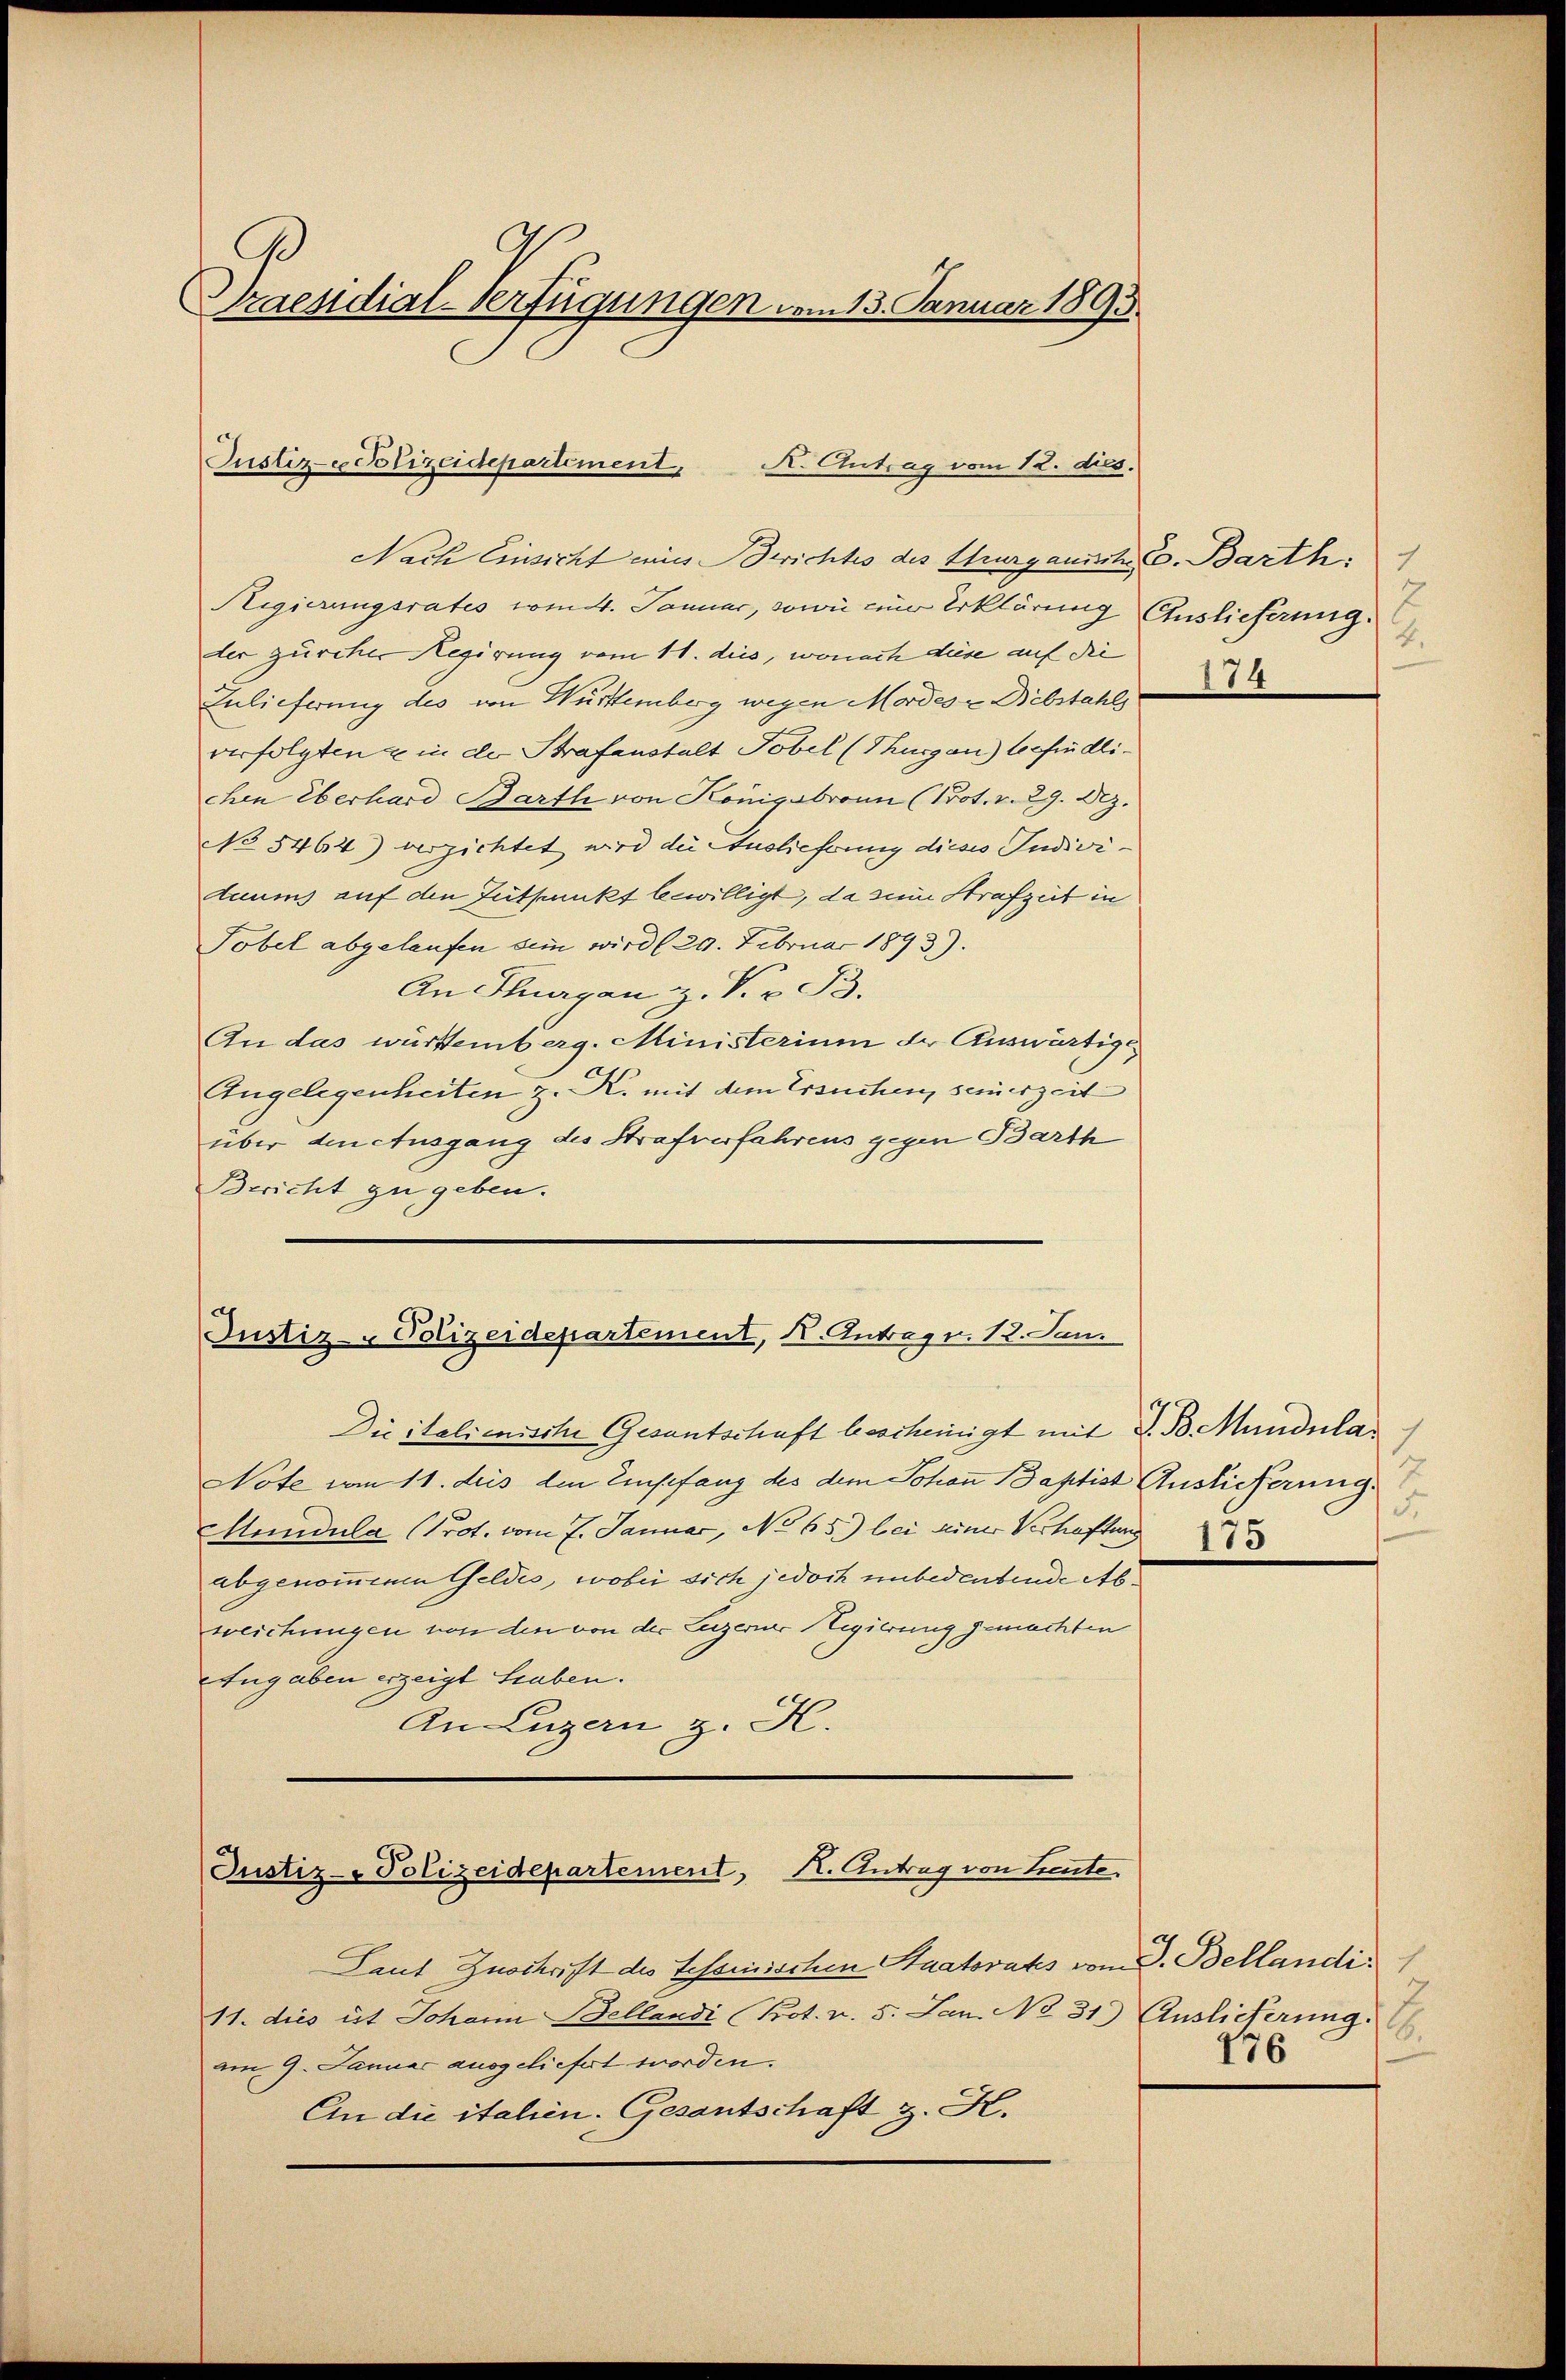
Praesidial-Verfügungen vom 13. Januar 1893.

Justiz- Polizeidepartement,
K. Antrag vom 12. dies.

Nach Einsicht eines Berichtes des Thurgauisch C. Barth:
Regierungsrates vom 4. Januar, sowie zur Erklärung Auslieferung.
der zürcher Regierung vom 11. dies, wonach diese auf die
Enlieferung des von Württemberg wegen Mordes - Bebstahls
verfolgten in der Strafenstalt Tobel (Thurgau) befindlichen überhard Barth von Königsbronn (Prot. v. 29. Dez.
No 5464) verzichtet wird die Auslieferung dieses Individuums auf den Zeitpunkt bewilligt, da sein Strafzeit in
Tobel abgelaufen am wird (20. Februar 1893).
An Thurgau z. V. v. B.
An das württemberg. Ministerium der Auswärtige
Angelegenheiten z. K. mit dem Ersuchen, seinerzeit
über den Ausgang des Strafverfahrens gegen Barth
Bericht zu geben.

Justiz- Polizeidepartement, K. Antrag v. 12. Jan.

Die italienische Gesantschaft bescheinigt mit d. B. Mundular
Note vom 11. des den Einsefang des dem Johan Baptist Auslieferung
Mundula (Prot. vom 7. Januar, No 65) bei einer Verhaftung
abgenommenen Geldes, wobei sich jedoch unbedeutende Abweichungen von den von der Luzerner Regierung gemachten
Angaben erzeigt Staben.
An Luzern z. K.
Justiz-Polizeidepartement, K. Antrag von Leute.
Laut Zuschrift des Tessinischen Staatsrats vom 3. Bellandi
11. dies it Johann Bellandi Prot. v. 5. Jan. No 31) Auslieferung.
am 9. Januar ausgeliefert worden.
An die italien-Gesantschaft z. H.

7
4.
174

5
175

2
.
176